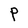
Character: P